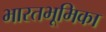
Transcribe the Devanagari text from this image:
भारतभूमिका